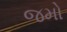
જમો